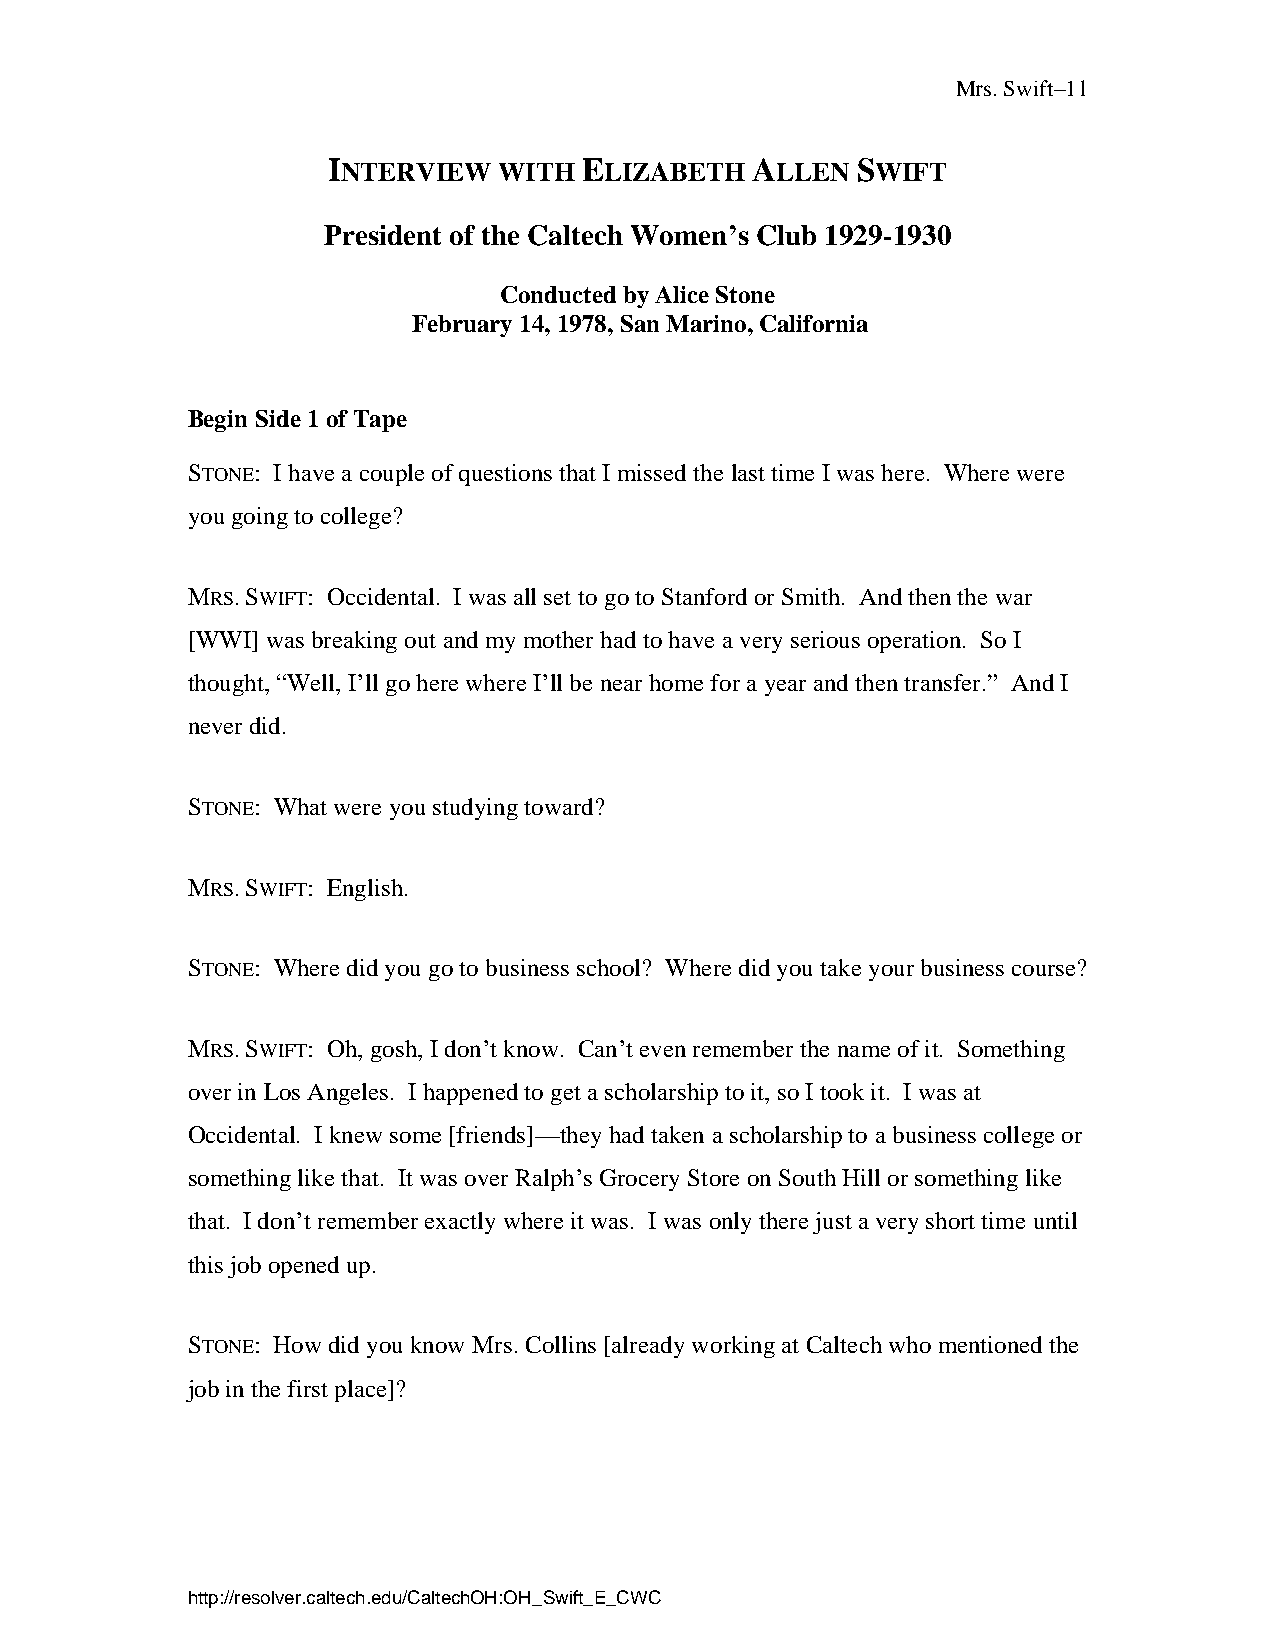
Mrs. Swift–11
 INTERVIEW  WITH  ELIZABETH  ALLEN  SWIFT
 President of the Caltech Women’s Club 1929-1930
 Conducted by Alice Stone
 February 14, 1978, San Marino, California
 Begin Side 1 of Tape
 STONE: I have a couple of questions that I missed the last time I was here. Where were
 you going to college?
 MRS. SWIFT: Occidental. I was all set to go to Stanford or Smith. And then the war
 [WWI] was breaking out and my mother had to have a very serious operation. So I
 thought, “Well, I’ll go here where I’ll be near home for a year and then transfer.” And I
 never did.
 STONE: What were you studying toward?
 MRS. SWIFT: English.
 STONE: Where did you go to business school? Where did you take your business course?
 MRS. SWIFT: Oh, gosh, I don’t know. Can’t even remember the name of it. Something
 over in Los Angeles. I happened to get a scholarship to it, so I took it. I was at
 Occidental. I knew some [friends]—they had taken a scholarship to a business college or
 something like that. It was over Ralph’s Grocery Store on South Hill or something like
 that. I don’t remember exactly where it was. I was only there just a very short time until
 this job opened up.
 STONE: How did you know Mrs. Collins [already working at Caltech who mentioned the
 job in the first place]?
 http://resolver.caltech.edu/CaltechOH:OH_Swift_E_CWC